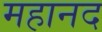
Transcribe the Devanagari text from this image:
महानद